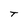
Character: T